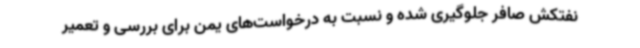
نفتکش صافر جلوگیری شده و نسبت به درخواست‌های یمن برای بررسی و تعمیر